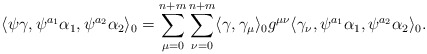
\begin{align*}\langle \psi \gamma,\psi^{a_1}\alpha_1,\psi^{a_2}\alpha_2\rangle_{0}=\sum_{\mu=0}^{n+m}\sum_{\nu=0}^{n+m}\langle \gamma,\gamma_\mu\rangle_{0}g^{\mu \nu}\langle \gamma_\nu,\psi^{a_1}\alpha_1,\psi^{a_2}\alpha_2\rangle_{0}.\end{align*}